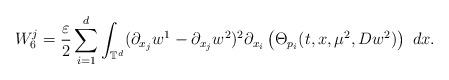
LaTeX: \begin{align*}W_{6}^{j}=\frac{\varepsilon}{2}\sum_{i=1}^{d}\int_{\mathbb{T}^{d}}(\partial_{x_{j}}w^{1}-\partial_{x_{j}}w^{2})^{2}\partial_{x_{i}}\left(\Theta_{p_{i}}(t,x,\mu^{2},Dw^{2})\right)\ dx.\end{align*}